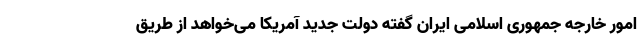
امور خارجه جمهوری اسلامی ایران گفته دولت جدید آمریکا می‌خواهد از طریق